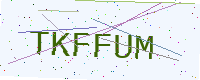
Text: TKFFUM